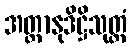
အတ္တာနုဒိဋ္ဌိသုတ္တံ